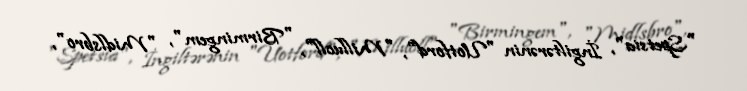
"Spetsia", İngiltərənin "Uotford", "Milluoll", "Birmingem", "Midlsbro",